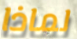
لماذا